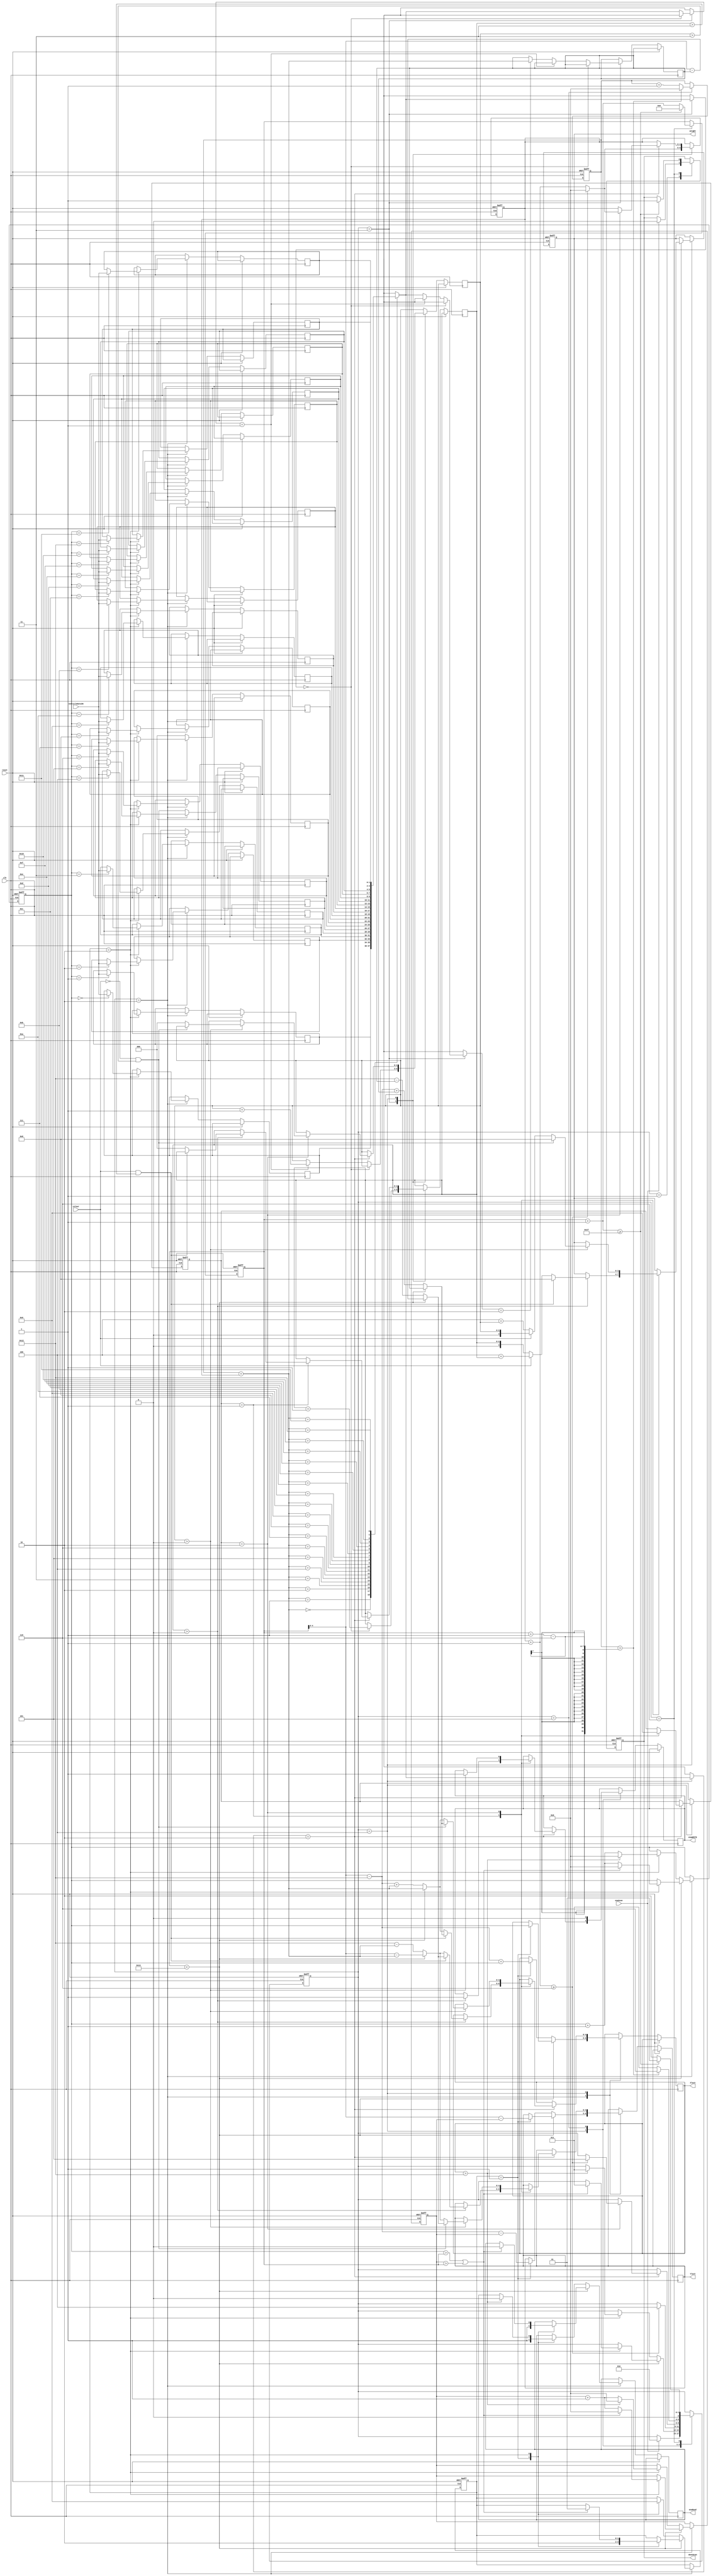
module scanNE(
		input clk,
		input reset,
		input enaScan,
		input colour, //FPGA plays colour = 0 black/ colour = 1 white 
		input [1:0] verticleDataIN ,
		output reg doneScan,
		output reg enaRead,
		output reg enaWRITE,
		output reg [4:0] XlocV,
		output reg [4:0] YlocV,
		output reg [3:0] weight
	);
	
	localparam k = 6;
	localparam brdHeight = 19;
	localparam brdWidth = 19;
	localparam Black = 0;
	localparam White = 1;
	localparam Empty = 2;
	
	localparam W1 = 4'd0;
	localparam W2 = 4'd1;
	localparam W3 = 4'd2;
	localparam W4 = 4'd3;
	localparam W5 = 4'd4;
	localparam t1 = 4'd5;
	localparam t2 = 4'd6;
	localparam t3 = 4'd7;
	localparam T  = 4'd8;
	
	localparam STATE_START_SCAN   = 1;
	localparam STATE_MEMOR_FETCH  = 2;
	localparam STATE_PRCSS_WEIGHT = 3;
	localparam STATE_STORE_WEIGHT = 4;
	localparam STATE_NEXT_WINDOW  = 5;
	localparam STATE_NEXT_LINE 	  = 6;
	
	localparam SUBSTATE_ADRS = 1;
	localparam SUBSTATE_READ = 2;
	
	localparam SUBSTATE_WEIG_CAL_B = 1;
	localparam SUBSTATE_WEIG_CAL_W = 2;
	
	reg [2:0] mainState;
	reg [1:0] memSubstate;
	reg [1:0] weigSubstate;	
	reg [2:0] whiteCount;
	reg [2:0] blackCount;
	reg [4:0] lastEmptyCell;
	reg [5:0] DiagonalNE;
	reg [4:0] x;
	reg [4:0] y;
	reg [4:0] i;
	reg [4:0] j; 
	reg [2:0] z;
	reg [1:0] tempData [0:18];
	
	initial begin
		mainState <= STATE_START_SCAN;
		memSubstate <= SUBSTATE_ADRS;
		weigSubstate <= SUBSTATE_WEIG_CAL_W;
		DiagonalNE <= 6'd5;
		doneScan <= 0;
		weight <= 0;
		x <= 0;
		y <= 0;
		i <= 0;
		j <= 0;
	end
	
	always @ (posedge clk or posedge reset)	begin
		if(reset) begin
			mainState    <= STATE_START_SCAN;
			memSubstate  <= SUBSTATE_ADRS;
			weigSubstate <= SUBSTATE_WEIG_CAL_W;
			DiagonalNE   <= 6'd5;
			doneScan     <= 0;
			weight 		 <= 0;
			x <= 0;
			y <= 4'd5;
			i <= 0;
			j <= 0;
		end
		else begin
			case(mainState)
				STATE_START_SCAN: begin
					if(enaScan)begin
						mainState <= STATE_MEMOR_FETCH;
						doneScan <= 1'd0;
					end
				end
				STATE_MEMOR_FETCH: begin
					if(DiagonalNE < brdHeight)begin
						case(memSubstate)
							SUBSTATE_ADRS: begin
								XlocV <= x;
								YlocV <= DiagonalNE - y;
								enaRead <= 1'd1;
								memSubstate <= SUBSTATE_READ;							
							end
							SUBSTATE_READ: begin
								tempData[x] <= verticleDataIN; 								
								x <= x + 5'd1;
								y <= y + 5'd1;
								if((x > DiagonalNE)||(y > DiagonalNE))begin
									mainState <= STATE_PRCSS_WEIGHT;
									enaRead <= 1'd0;
									x <= 5'd0;
									y <= 5'd0;
								memSubstate <= SUBSTATE_ADRS;
								end									
							end
						endcase
					end
					else begin
						case(memSubstate)
							SUBSTATE_ADRS: begin
								XlocV <= (DiagonalNE - (brdHeight-1'b1)) + x;
								YlocV <= (DiagonalNE - (brdHeight-1'b1)) - y;
								enaRead <= 1'd1;
								memSubstate <= SUBSTATE_READ;							
							end
							SUBSTATE_READ: begin
								tempData[x] <= verticleDataIN; 
								x <= x + 5'd1;
								y <= y + 5'd1;
								if(XlocV > (brdHeight-1))begin
									mainState <= STATE_PRCSS_WEIGHT;
									enaRead <= 1'd0;
									x <= 5'd0;
									y <= 5'd0;
								end										
								memSubstate <= SUBSTATE_ADRS;
							end
						endcase										
					end
				end
				STATE_PRCSS_WEIGHT:begin
					if(tempData[i+j] == Black)begin
						blackCount <= blackCount + 3'd1;
					end
					else if(tempData[i+j] == White)begin
						whiteCount <= whiteCount + 3'd1;
					end
					else if(tempData[i+j] == Empty)begin
						lastEmptyCell <= i+j;
					end
					j = j + 3'd1;
					if(j >= k)begin
						j <= 0;
						mainState <= STATE_STORE_WEIGHT;
					end
				end
				STATE_STORE_WEIGHT:begin
					if(tempData[i+j] == Empty)begin
						case(weigSubstate)
							SUBSTATE_WEIG_CAL_B:begin
								if( blackCount > 0 )begin							
									if(colour && (blackCount > 3))begin
										if(DiagonalNE < brdHeight)begin
										
											XlocV <= lastEmptyCell;
											YlocV <= DiagonalNE - lastEmptyCell;
											weight <= T;
										end
										else begin
											XlocV <= (DiagonalNE - (brdHeight-1'b1)) + lastEmptyCell;
											YlocV <= (brdHeight-1'b1) - lastEmptyCell;
											weight <= T;
										end
										enaWRITE <= 1'd1;
									end
									else begin
										if(DiagonalNE < brdHeight)begin
											XlocV <= i+j;
											YlocV <= DiagonalNE - (i+j);
										end
										else begin
											XlocV <= (DiagonalNE - (brdHeight-1'b1)) + (i+j);
											YlocV <= (brdHeight-1'b1) - (i+j);
										end	
										if(colour)begin
											weight <= W5 + blackCount;
										end 
										else begin
											weight <= blackCount;
										end
										blackCount <= 0;
										enaWRITE <= 1'd1;
									end
								end
								weigSubstate <= SUBSTATE_WEIG_CAL_W;
							end
							SUBSTATE_WEIG_CAL_W:begin
								if( whiteCount > 0 )begin							
									if((~colour) && (whiteCount > 3))begin
										if(DiagonalNE < brdHeight)begin
											XlocV <= lastEmptyCell;
											YlocV <= DiagonalNE - lastEmptyCell;
											weight <= T;
										end
										else begin
											XlocV <= (DiagonalNE - (brdHeight-1'b1)) + lastEmptyCell;
											YlocV <= (brdHeight-1'b1) - lastEmptyCell;
											weight <= T;
										end
										enaWRITE <= 1'd1;
									end	
									else begin
										if(DiagonalNE < brdHeight)begin
											XlocV <= i+j;
											YlocV <= DiagonalNE - (i+j);
										end
										else begin
											XlocV <= (DiagonalNE - (brdHeight-1'b1)) + (i+j);
											YlocV <= (brdHeight-1'b1) - (i+j);
										end	
										if(colour)begin
											weight <= whiteCount;
										end 
										else begin
											weight <= W5 + whiteCount;
										end	
										whiteCount <= 0;
										enaWRITE <= 1'd1;										
									end
								end
								weigSubstate <= SUBSTATE_WEIG_CAL_B;
								j = j + 3'd1;
								if(j >= k)begin
									j <= 0;
									mainState <= STATE_NEXT_WINDOW;
								end
							end
						endcase
						end
					end 
				STATE_NEXT_WINDOW: begin
					enaWRITE <= 1'd0;
					i <= i + (3'd1);
					mainState <= STATE_PRCSS_WEIGHT;
					if(i > (DiagonalNE + 1 - k))begin
						mainState <= STATE_NEXT_LINE;
						i <= 0;
					end
				end
				STATE_NEXT_LINE: begin
					DiagonalNE = DiagonalNE + 3'd1;
					mainState <= STATE_MEMOR_FETCH;
					if(DiagonalNE >= (brdHeight + brdWidth - 1 - k))begin
						mainState <= STATE_START_SCAN;
						doneScan <= 1'd1;
						DiagonalNE <= 0;
					end
				end
			endcase
		end;
	end
endmodule